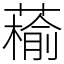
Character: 䕆